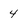
Character: 4